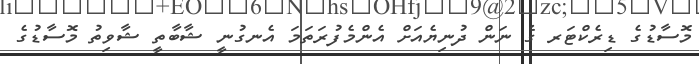
މޮސާޑުގެ ޑިރެކްޓަރ ގެ ނަން ދުނިޔެއަށް އެންމެފުރަތަމަ އެނގުނީ ޝާބާތީ ޝާވިތު މޮސާޑުގެ